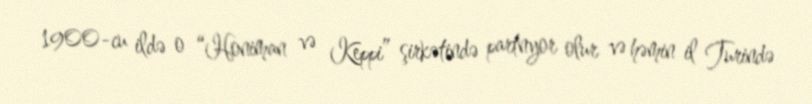
1900-cu ildə o “Honiman və Keppi” şirkətində partnyor olur və həmin il Turində